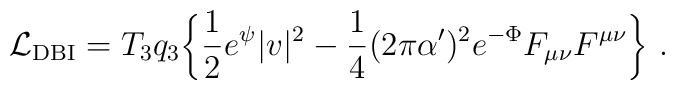
{\cal L}_{\rm DBI} = T_3 q_3 \biggl\{ \frac{1}{2} e^{\psi}{|v|^2}- \frac{1}{4}  (2\pi\alpha')^2 e^{-\Phi}{F_{\mu\nu} F^{\mu\nu} \biggr\}\ .}